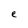
Character: e